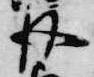
皮